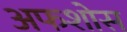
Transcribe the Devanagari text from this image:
अफशोस